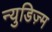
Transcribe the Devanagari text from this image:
न्युडिज़्म